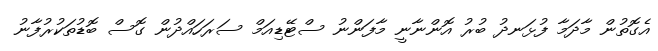
އެގޮތުން މާދަމާ ފުޅަނދު ބުރު އޮންނާނީ މާފަންނު ސްޓޭޑިއަމް ސަރަހައްދުން ގޮސް ބޮޑުތަކުރުފާނު